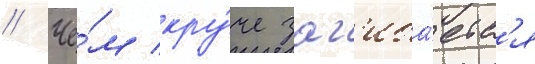
// Че́м кру́че заг'иба́етс'я